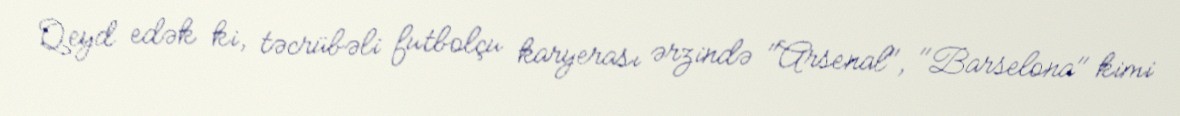
Qeyd edək ki, təcrübəli futbolçu karyerası ərzində "Arsenal", "Barselona" kimi